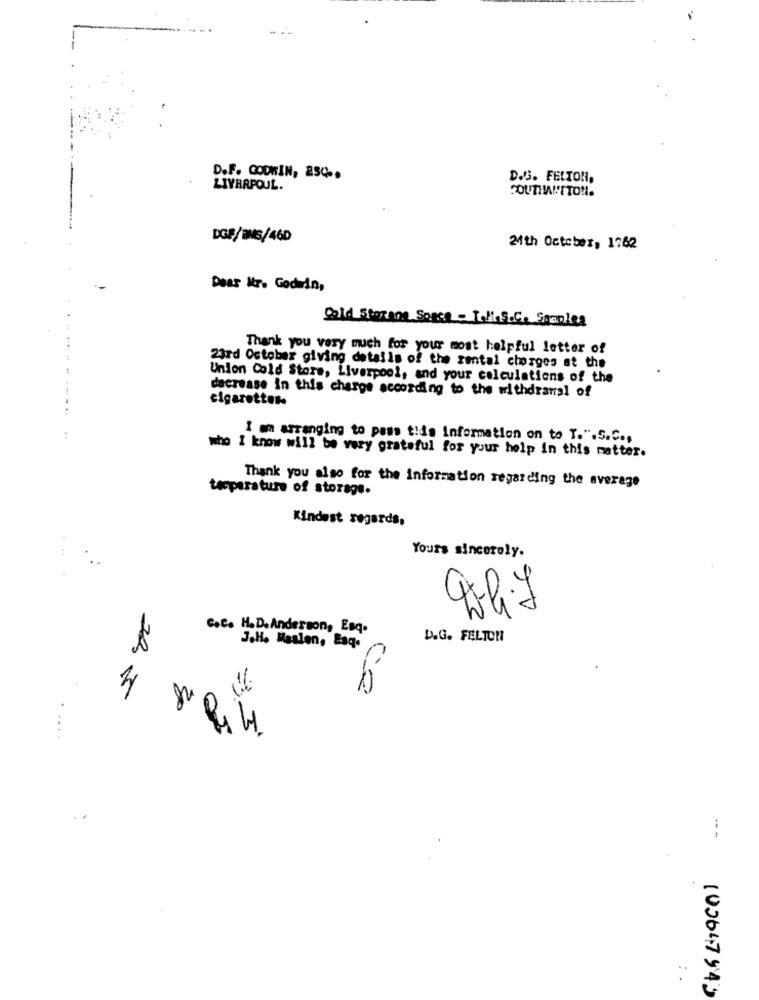
D.F. GODWIN, 254.
D.G. FELTON,
LIVERPOUL.
DGF/INS/460
24th October, 1762
Dear Mr. Godin,
Cold Storage Space - TolinS.C. Staples
Thank you very much for your most helpful letter of
23rd October giving details of the rental chorges at the
Union Cold Store, Liverpool, and your calculations of the
dacrease in this charge according to the withdrawal of
cigarettes-
I am arranging to pass this information on to T.". S.C .,
who I know will be very grateful for your help in this matter.
tacperatura of storage.
Thank you also for the information regarding the average
Kindest regards,
Yours sincerely.
0
C.C. H.D. Anderson, Esq.
D.G. FELTON
J.H. Maslen, Esq.
30
.....
3,3
---
..
.
103647 943